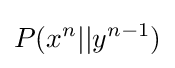
P(x^{n}||y^{n-1})